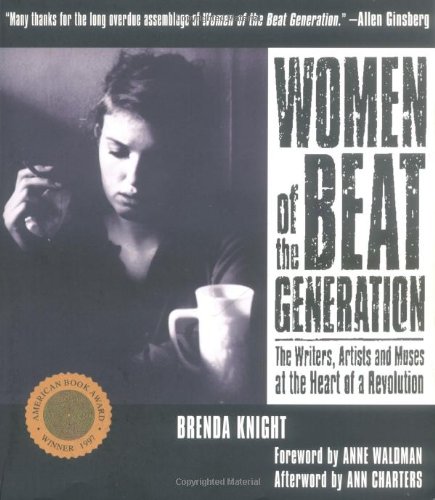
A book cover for Women of the Beat Generation: The Writers, Artists and Muses at the Heart of a Revolution; Literature & Fiction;